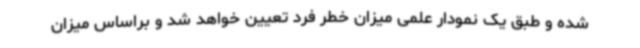
شده و طبق یک نمودار علمی میزان خطر فرد تعیین خواهد شد و براساس میزان